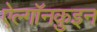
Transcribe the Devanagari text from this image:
ऐल्गॉनक़ुइन